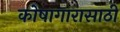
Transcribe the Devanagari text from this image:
कोषागारासाठी